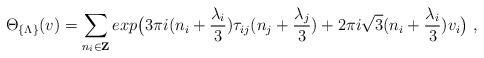
\begin{align*}\Theta_{\{\Lambda\}}(v) = \sum_{n_i \in {\bf Z}} exp\bigl(3 \pi i (n_i +\frac{\lambda_i}{3})\tau_{ij} (n_j+\frac{\lambda_j}{3}) + 2\pi i\sqrt{3}(n_i+\frac{\lambda_i}{3})v_i \bigr)\ ,\end{align*}